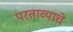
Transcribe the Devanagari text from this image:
परताव्याचे